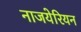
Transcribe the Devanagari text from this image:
नाजयेरियन